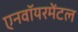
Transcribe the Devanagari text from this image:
एनवॉयरमेंटल